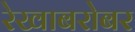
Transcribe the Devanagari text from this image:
रेखाबरोबर